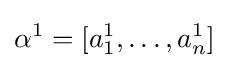
\alpha ^{1}=[a_{1}^{1},\dots ,a_{n}^{1}]